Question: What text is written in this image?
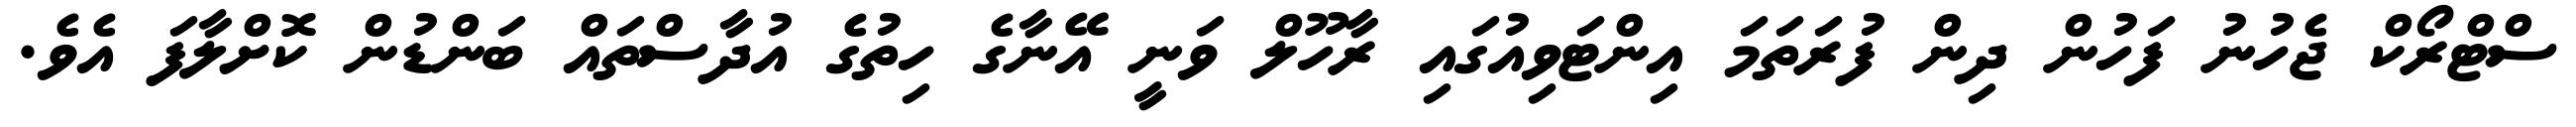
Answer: ސްޓްރޯކް ޖެހުނު ފަހުން ދިން ފުރަތަމަ އިންޓަވިއުގައި ރާހޫލް ވަނީ އޭނާގެ ހިތުގެ އުދާސްތައް ބަންޑުން ކޮށްލާފަ އެވެ.